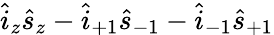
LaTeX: {\hat{i}_{z}\hat{s}_{z}-\hat{i}_{+1}\hat{s}_{-1}-\hat{i}_{-1}\hat{s}_{+1}}